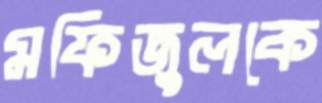
মফিজুলকে